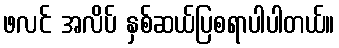
ဖလင် အလိပ် နှစ်ဆယ်ပြစရာပါပါတယ်။